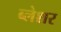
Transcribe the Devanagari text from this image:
ब्लेशर